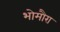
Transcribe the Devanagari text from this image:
भोमौरा